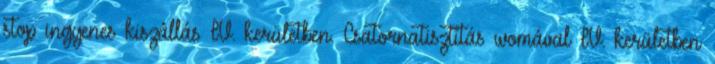
stop ingyenes kiszállás IV. kerületben. Csatornatisztítás womával IV. kerületben